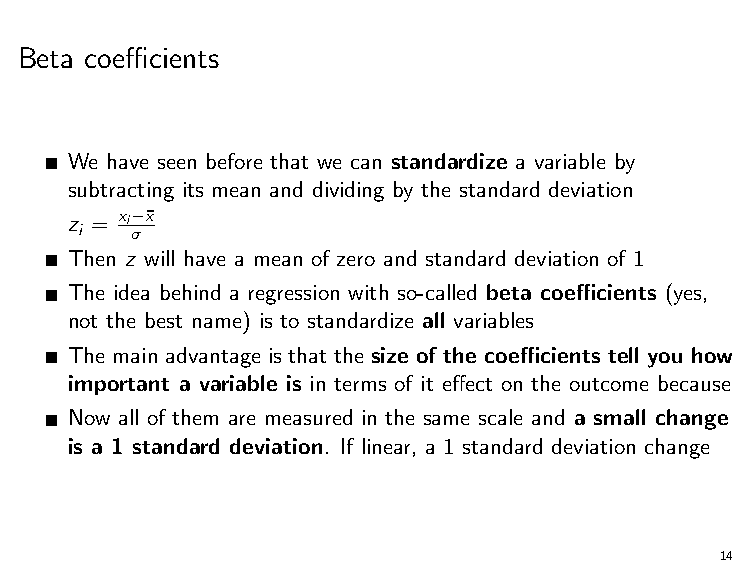
Beta coefficients
 We have seen before that we can standardize a variable by
 subtracting its mean and dividing by the standard deviation
 z = xi−x¯
 i   σ
 Then z will have a mean of zero and standard deviation of 1
 The idea behind a regression with so-called beta coefficients (yes,
 not the best name) is to standardize all variables
 The main advantage is that the size of the coefficients tell you how
 important a variable is in terms of it effect on the outcome because
 Now all of them are measured in the same scale and a small change
 is a 1 standard deviation. If linear, a 1 standard deviation change
 14